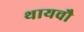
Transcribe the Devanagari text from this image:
थायचौ